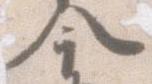
今